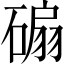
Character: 𥔱